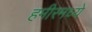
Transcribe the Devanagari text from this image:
हमीरमध्ये